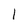
Character: 1